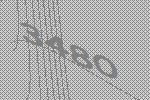
3480